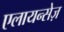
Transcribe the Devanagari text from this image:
एलायन्सेज़